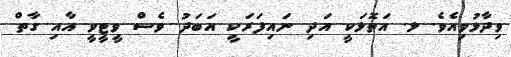
ވިދާޅުވިއެވެ. ޅ. އަތޮޅަކީ އަދި ނައިފަރަކީ އަބަދު ވެސް ވީޓީވީ އާއި ގާތް